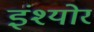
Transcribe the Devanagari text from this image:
इंश्योर